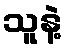
သူနဲ့